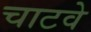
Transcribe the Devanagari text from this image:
चाटवे